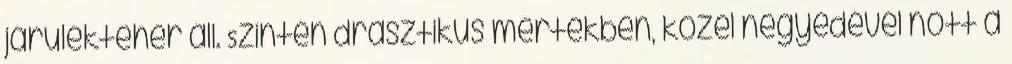
járulékteher áll. Szintén drasztikus mértékben, közel negyedével nőtt a